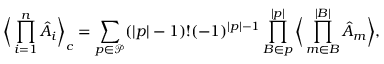
\bigg \langle \prod _ { i = 1 } ^ { n } \hat { A } _ { i } \bigg \rangle _ { c } = \sum _ { p \in \mathcal { P } } ( | p | - 1 ) ! ( - 1 ) ^ { | p | - 1 } \prod _ { B \in p } ^ { | p | } \bigg \langle \prod _ { m \in B } ^ { | B | } \hat { A } _ { m } \bigg \rangle ,